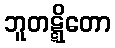
ဘူတဋ္ဋိတော